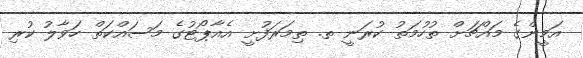
އަމީންގެ މައްޗަށް ތުހުމަތު ކުރަނީ ތ. ތިމަރަފުށީ އެއާޕޯޓުގެ މަސައްކަތް ހަވާލު ކުރި